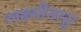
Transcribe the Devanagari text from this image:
लक्ष्मीनरसु